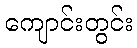
ကျောင်းတွင်း